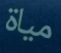
مياة